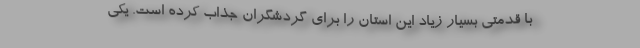
با قدمتی بسیار زیاد این استان را برای گردشگران جذاب کرده است. یکی